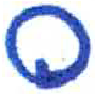
אות: ס